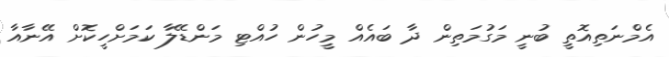
އެމްނަތިއޮތީ ބުނީ މަގުމަތިން ދާ ބައެއް މީހުން ހުއްޓި މަންޑޭލާ ކަމަށްހީކޮށް އޭނާއާ